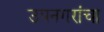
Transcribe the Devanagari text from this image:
उपनगरांचा